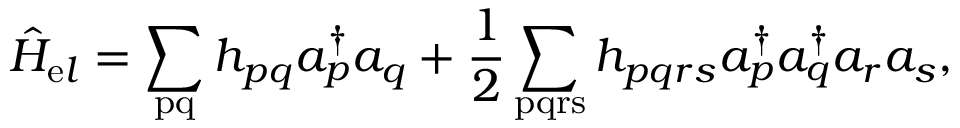
\hat { H } _ { \mathrm { e } l } = \sum _ { \mathrm { p q } } h _ { p q } a _ { p } ^ { \dagger } a _ { q } + \frac { 1 } { 2 } \sum _ { \mathrm { p q r s } } h _ { p q r s } a _ { p } ^ { \dagger } a _ { q } ^ { \dagger } a _ { r } a _ { s } ,